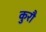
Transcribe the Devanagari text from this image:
कुरौ